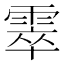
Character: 𩃣